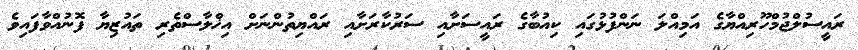
ރައީސުލްޖުމްހޫރިއްޔާގެ އަމިއްލަ ނަންފުޅުގައި ކިއުބާގެ ރައީސަށާއި ސަރުކާރަށާއި ރައްޔިތުންނަށް އިޚްލާސްތެރި ތައުޒިޔާ ފޮނުއްވާފައިވެ